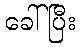
ခေါ်ပြီး